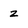
Character: z